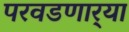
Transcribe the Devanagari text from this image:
परवडणार्‍या